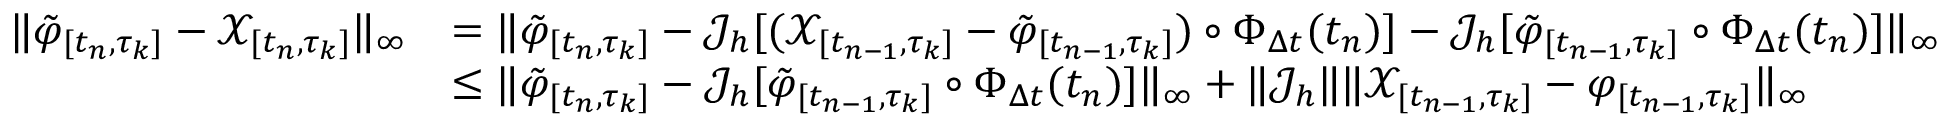
\begin{array} { r l } { \lVert \tilde { \varphi } _ { [ t _ { n } , \tau _ { k } ] } - \mathcal { X } _ { [ t _ { n } , \tau _ { k } ] } \rVert _ { \infty } } & { = \lVert \tilde { \varphi } _ { [ t _ { n } , \tau _ { k } ] } - \mathcal { J } _ { h } [ ( \mathcal { X } _ { [ t _ { n - 1 } , \tau _ { k } ] } - \tilde { \varphi } _ { [ t _ { n - 1 } , \tau _ { k } ] } ) \circ \Phi _ { \Delta t } ( t _ { n } ) ] - \mathcal { J } _ { h } [ \tilde { \varphi } _ { [ t _ { n - 1 } , \tau _ { k } ] } \circ \Phi _ { \Delta t } ( t _ { n } ) ] \rVert _ { \infty } } \\ & { \leq \lVert \tilde { \varphi } _ { [ t _ { n } , \tau _ { k } ] } - \mathcal { J } _ { h } [ \tilde { \varphi } _ { [ t _ { n - 1 } , \tau _ { k } ] } \circ \Phi _ { \Delta t } ( t _ { n } ) ] \rVert _ { \infty } + \lVert \mathcal { J } _ { h } \rVert \lVert \mathcal { X } _ { [ t _ { n - 1 } , \tau _ { k } ] } - \varphi _ { [ t _ { n - 1 } , \tau _ { k } ] } \rVert _ { \infty } } \end{array}